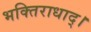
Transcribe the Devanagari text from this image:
भक्तिराधाद्।